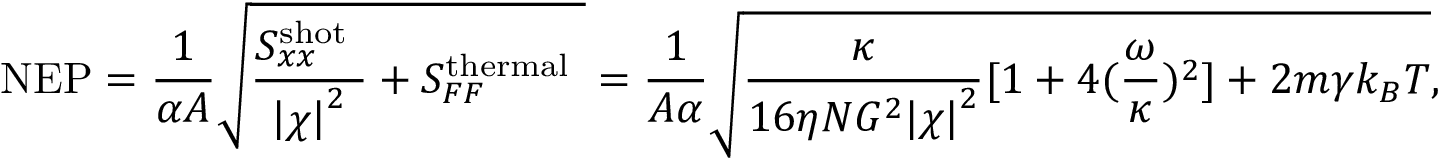
\mathrm { N E P } = \frac { 1 } { \alpha A } \sqrt { \frac { S _ { x x } ^ { \mathrm { s h o t ~ } } } { \left| \chi \right| ^ { 2 } } + S _ { F F } ^ { \mathrm { t h e r m a l ~ } } } = \frac { 1 } { A \alpha } \sqrt { \frac { \kappa } { 1 6 \eta N G ^ { 2 } { | \chi | } ^ { 2 } } [ 1 + 4 ( \frac { \omega } { \kappa } ) ^ { 2 } ] + 2 m \gamma k _ { B } T } ,